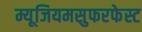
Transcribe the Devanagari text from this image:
म्यूजियमसुफरफेस्ट